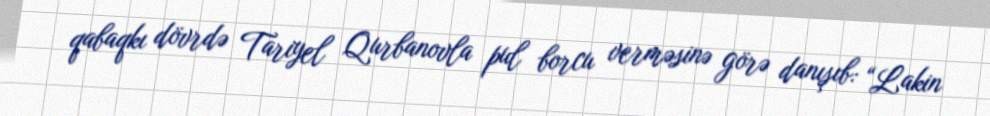
qabaqkı dövrdə Tariyel Qurbanovla pul borcu verməsinə görə danışıb: “Lakin